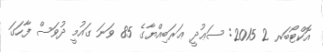
އޮކްޓޯބަރ 2 2015: ސަޢުދީ ޢަރަބިއްޔާގެ 85 ވަނަ ގައުމީ ދުވަސް ފާހަގަ